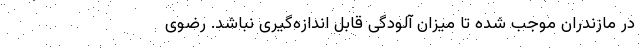
در مازندران موجب شده تا میزان آلودگی قابل اندازه‌گیری نباشد. رضوی